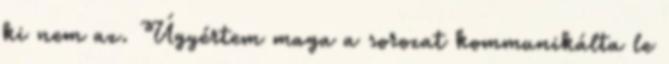
ki nem az. Úgyértem maga a sorozat kommunikálta le